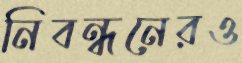
নিবন্ধনেরও